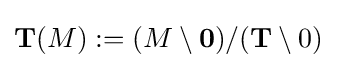
\mathbf {T} (M):=(M\setminus \mathbf {0} )/(\mathbf {T} \setminus 0)